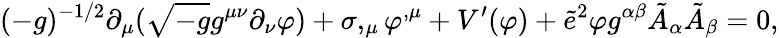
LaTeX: (-g)^{-1/2}\partial_{\mu}(\sqrt{-g}g^{\mu\nu}\partial_{\nu}\varphi)+\sigma,_{\mu}\varphi^{,\mu}+V^{\prime}(\varphi)+\tilde{e}^{2}\varphi g^{\alpha\beta}\tilde{A}_{\alpha}\tilde{A}_{\beta}=0,